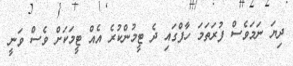
ދިޔަ ނަމަވެސް ފުރަތަމަ ހާފްގައި ދެ ޓީމުންކުރެ އެއް ޓީމަކަށް ވެސް ވަނީ